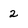
Character: 2